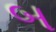
બ